Civil Veterinary Dept. Bombay admin report 1900-1906 - 1900-1906
Year: 1900
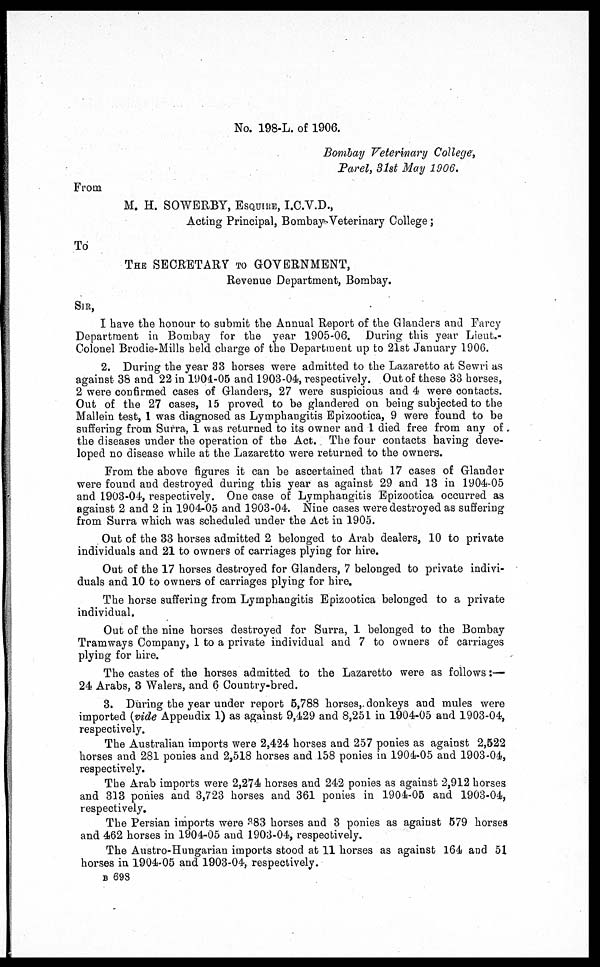
No. 198-L. of 1906.
Bombay Veterinary College;
Parel, 31st May 1906.
From
M. H. SOWERBY, ESQUIRE, I.C.V.D.,
Acting Principal, Bombay Veterinary College;
To
THE SECRETARY TO GOVERNMENT,
Revenue Department, Bombay.
SIR,
I have the honour to submit the Annual Report of the Glanders and Farcy
Department in Bombay for the year 1905-06. During this year Lieut,
Colonel Brodie-Mills held charge of the Department up to 21st January 1906.
2. During the year 33 horses were admitted to the Lazaretto at Sewri as
against 38 and 22 in 1904-05 and 1903-04, respectively. Out of these 33 horses,
2 were confirmed cases of Glanders, 27 were suspicious and 4 were contacts.
Out of the 27 cases, 15 proved to be glandered on being subjected to the
Mallein test, 1 was diagnosed as Lymphangitis Epizootica, 9 were found to be
suffering from Surra, 1 was returned to its owner and 1 died free from any of
the diseases under the operation of the Act. The four contacts having deve-
loped no disease while at the Lazaretto were returned to the owners.
From the above figures it can be ascertained that 17 cases of Glander
were found and destroyed during this year as against 29 and 13 in 1904-05
and 1903-04, respectively. One case of Lymphangitis Epizootica occurred as
against 2 and 2 in 1904-05 and 1903-04. Nine cases were destroyed as suffering
from Surra which was scheduled under the Act in 1905.
Out of the 33 horses admitted 2 belonged to Arab dealers, 10 to private
individuals and 21 to owners of carriages plying for hire.
Out of the 17 horses destroyed for Glanders, 7 belonged to private indivi-
duals and 10 to owners of carriages plying for hire.
The horse suffering from Lymphangitis Epizootica belonged to a private
individual.
Out of the nine horses destroyed for Surra, 1 belonged to the Bombay
Tramways Company, 1 to a private individual and 7 to owners of carriages
plying for hire.
The castes of the horses admitted to the Lazaretto were as follows:—
24 Arabs, 3 Walers, and 6 Country-bred.
3. During the year under report 5,788 horses, donkeys and mules were
imported (vide Appendix 1) as against 9,429 and 8,251 in 1904-05 and 1903-04,
respectively.
The Australian imports were 2,424 horses and 257 ponies as against 2,522
horses and 281 ponies and 2,518 horses and 158 ponies in 1904-05 and 1903-04,
respectively.
The Arab imports were 2,274 horses and 242 ponies as against 2,912 horses
and 313 ponies and 3,723 horses and 361 ponies in 1904-05 and 1903-04,
respectively.
The Persian imports were 383 horses and 3 ponies as against 579 horses
and 462 horses in 1904-05 and 1903-04, respectively.
The Austro-Hungarian imports stood at 11 horses as against 164 and 51
horses in 1904-05 and 1903-04, respectively.
B 698